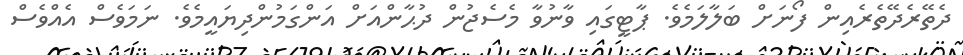
ދެތޭރެދޭތެރެއިން ފޯނަށް ބަލާލަމެވެ. ޕާޓީގައި ވާނުވާ މެސެޖުން ދުޙާންއަށް އަންގަމުންދިޔައީމެވެ. ނަމަވެސް އެއްވެސް